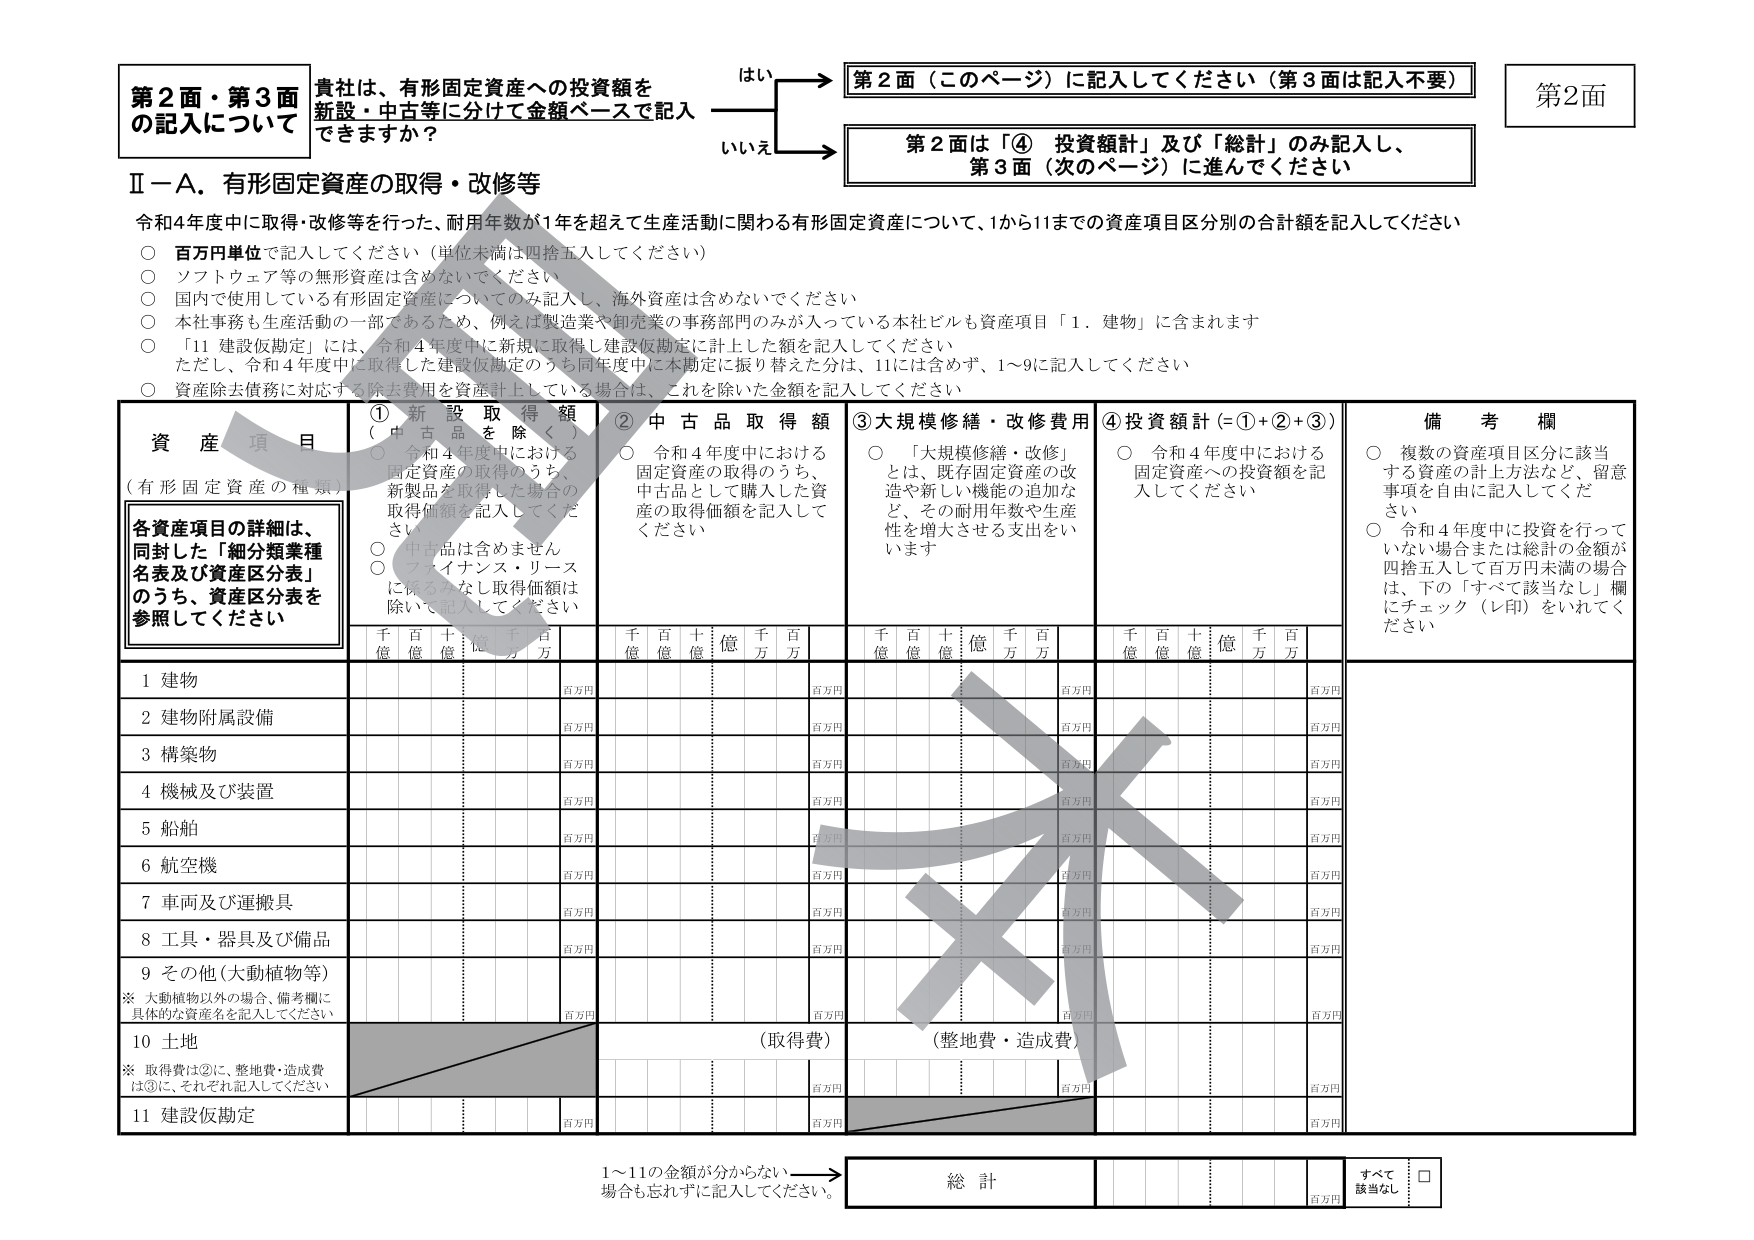
第2面・第3面
の記入について

貴社は、有形固定資産への投資額を
新設・中古等に分けて金額ベースで記入
できますか？

はい → 第2面（このページ）に記入してください（第3面は記入不要）
いいえ → 第2面は「④ 投資額計」及び「総計」のみ記入し、
第3面（次のページ）に進んでください

第2面

Ⅱ－A．有形固定資産の取得・改修等

令和4年度中に取得・改修等を行った、耐用年数が1年を超えて生産活動に関わる有形固定資産について、1から11までの資産項目区別の合計額を記入してください

○ 百万円単位で記入してください（単位未満は四捨五入してください）
○ ソフトウェア等の無形資産は含めないでください
○ 国内で使用している有形固定資産についてのみ記入し、海外資産は含めないでください
○ 本社事務も生産活動の一部であるため、例えば製造業や卸売業の事務部門のみが入っている本社ビルも資産項目「1．建物」に含まれます
○ 「11 建設仮勘定」には、令和4年度中に新規に取得し建設仮勘定に計上した額を記入してください
ただし、令和4年度中に取得した建設仮勘定のうち同年度中に本勘定に振り替えた分は、11には含めず、1～9に記入してください
○ 資産除去債務に対応する除去費用を資産計上している場合は、これを除いた金額を記入してください

資産項目
（有形固定資産の種類）

各資産項目の詳細は、
同封した「細分類業種
名表及び資産区分表」
のうち、資産区分表を
参照してください

① 新設取得額
（中古品を除く）
○ 令和4年度中における
固定資産の取得のうち、
新製品を取得した場合の
取得価額を記入してくださ
い
○ 中古品は含めません
○ ファイナンス・リース
に係るみなし取得価額は
除いて記入してください

② 中古品取得額
○ 令和4年度中における
固定資産の取得のうち、
中古品として購入した資
産の取得価額を記入して
ください

③ 大規模修繕・改修費用
○ 「大規模修繕・改修」
とは、既存固定資産の改
造や新しい機能の追加な
ど、その耐用年数や生産
性を増大させる支出をい
います

④ 投資額計（=①+②+③）
○ 令和4年度中における
固定資産への投資額を記
入してください

備考欄
○ 複数の資産項目区分に該当
する資産の計上方法など、留意
事項を自由に記入してくださ
い
○ 令和4年度中に投資を行って
いない場合または総計の金額が
四捨五入して百万円未満の場合
は、下の「すべて該当なし」欄
にチェック（レ印）をいれてく
ださい

千 百 十 億 千 百 万
億 億 億 億 万 万

千 百 十 億 千 百 万
億 億 億 億 万 万

千 百 十 億 千 百 万
億 億 億 億 万 万

千 百 十 億 千 百 万
億 億 億 億 万 万

百万円
百万円
百万円
百万円
百万円
百万円
百万円
百万円
百万円
百万円
百万円

1 建物
2 建物附属設備
3 構築物
4 機械及び装置
5 船舶
6 航空機
7 車両及び運搬具
8 工具・器具及び備品
9 その他（大動植物等）
※ 大動植物以外の場合、備考欄に
具体的な資産名を記入してください
10 土地
※ 取得費は②に、整地費・造成費
は③に、それぞれ記入してください
11 建設仮勘定

（取得費）
（整地費・造成費）

1～11の金額が分からない
場合も忘れずに記入してください。

総計
すべて
該当なし □

百万円